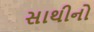
સાથીનો